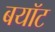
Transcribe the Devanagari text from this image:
बयॉट